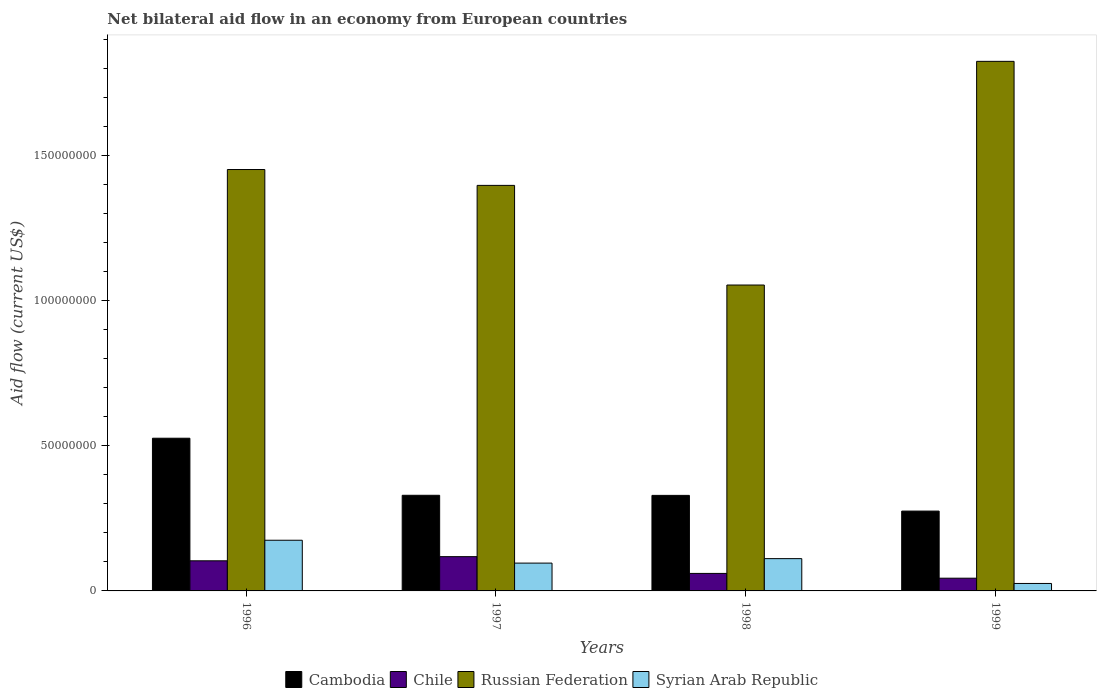
| Years | Cambodia | Chile | Russian Federation | Syrian Arab Republic |
 | --- | --- | --- | --- | --- |
 | 1996 | 5.26e+07 | 1.04e+07 | 1.45e+08 | 1.74e+07 |
 | 1997 | 3.29e+07 | 1.18e+07 | 1.4e+08 | 9.58e+06 |
 | 1998 | 3.29e+07 | 6.03e+06 | 1.05e+08 | 1.11e+07 |
 | 1999 | 2.75e+07 | 4.38e+06 | 1.82e+08 | 2.57e+06 |